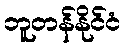
ဘူတန်နိုင်ငံ